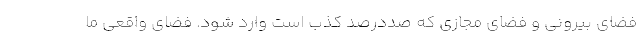
فضای بیرونی و فضای مجازی که صددرصد کذب است وارد شود. فضای واقعی ما